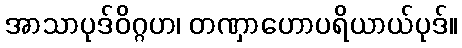
အာသာပုဒ်ဝိဂ္ဂဟ၊ တဏှာဟောပရိယာယ်ပုဒ်။